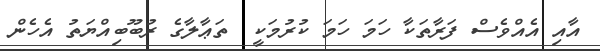
އާއި އެއްވެސް ފަރާތަކާ ހަމަ ހަމަ ކުރުމަކީ  ތަޢާލާގެ ރުބޫބިއްޔަތު އެހެން